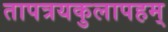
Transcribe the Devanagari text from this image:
तापत्रयकुलापहम्